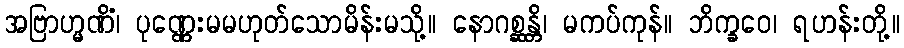
အဗြာဟ္မဏိံ၊ ပုဏ္ဏေးမမဟုတ်သောမိန်းမသို့။ နောဂစ္ဆန္တိ၊ မကပ်ကုန်။ ဘိက္ခဝေ၊ ရဟန်းတို့။